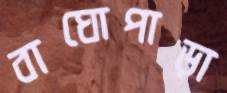
বাঘোপাড়া